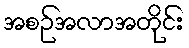
အစဉ်အလာအတိုင်း